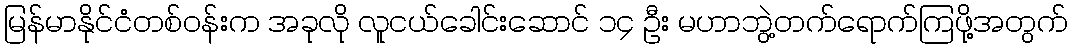
မြန်မာနိုင်ငံတစ်ဝန်းက အခုလို လူငယ်ခေါင်းဆောင် ၁၄ ဦး မဟာဘွဲ့တက်ရောက်ကြဖို့အတွက်